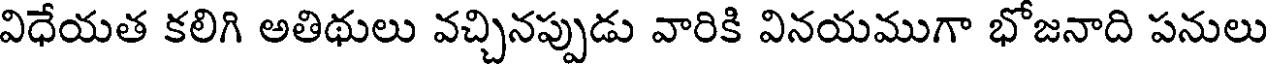
విధేయత కలిగి అతిథులు వచ్చినప్పుడు వారికి వినయముగా భోజనాది పనులు